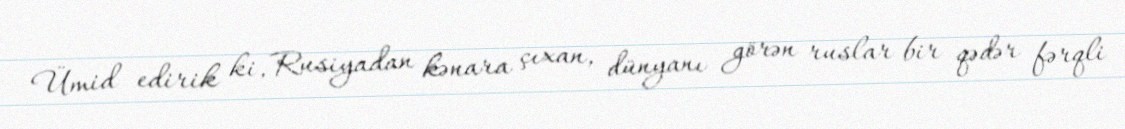
Ümid edirik ki, Rusiyadan kənara çıxan, dünyanı görən ruslar bir qədər fərqli